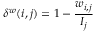
\delta ^ { w } ( i , j ) = 1 - \frac { w _ { i , j } } { I _ { j } }